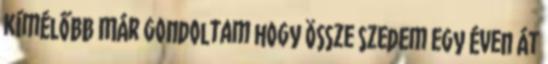
kímélőbb Már gondoltam hogy össze szedem egy éven át